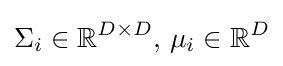
\Sigma _{i}\in \mathbb {R} ^{D\times D},\,\mu _{i}\in \mathbb {R} ^{D}